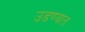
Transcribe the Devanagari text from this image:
उडण्यात